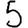
Digit: 5